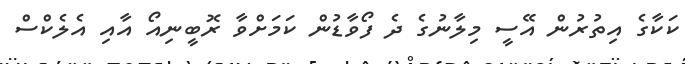
ކަކާގެ އިތުރުން އޭސީ މިލާނުގެ ދެ ފޯވާޑުން ކަމަށްވާ ރޮބީނިއޯ އާއި އެލެކްސް